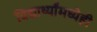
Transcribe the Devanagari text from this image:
विद्यार्थ्यांमध्येही